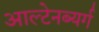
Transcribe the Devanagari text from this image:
आल्टेनब्यर्ग